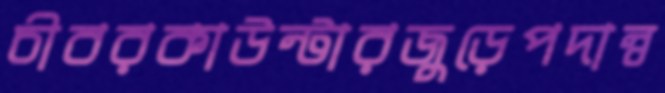
চীবরকাউন্টারজুড়েপদান্ব